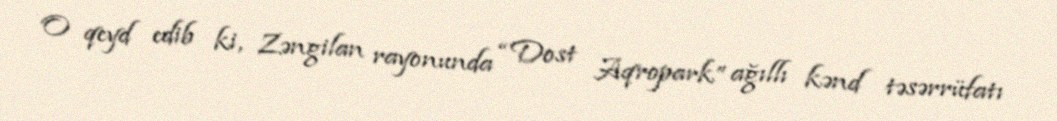
O qeyd edib ki, Zəngilan rayonunda “Dost Aqropark” ağıllı kənd təsərrüfatı